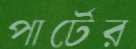
পার্টের